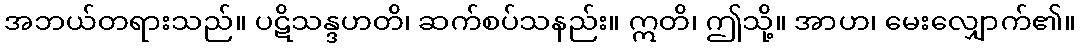
အဘယ်တရားသည်။ ပဋိသန္ဒဟတိ၊ ဆက်စပ်သနည်း။ ဣတိ၊ ဤသို့။ အာဟ၊ မေးလျှောက်၏။